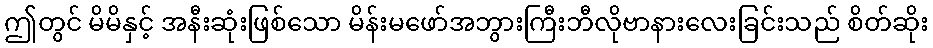
ဤတွင် မိမိနှင့် အနီးဆုံးဖြစ်သော မိန်းမဖော်အဘွားကြီးဘီလိုဗာနားလေးခြင်းသည် စိတ်ဆိုး